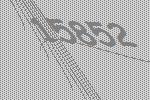
15852